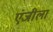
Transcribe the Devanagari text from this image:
एंजीला